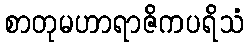
စာတုမဟာရာဇိကပရိသံ